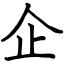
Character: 企